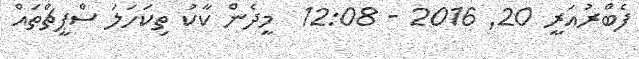
ފެބްރުއަރީ 20